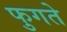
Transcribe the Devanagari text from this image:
फुगते